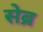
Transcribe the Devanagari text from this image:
सेब्र